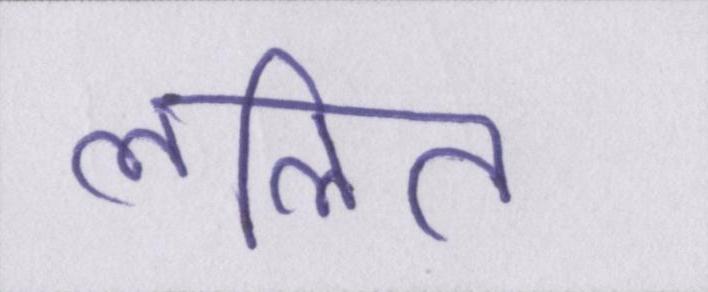
ललित